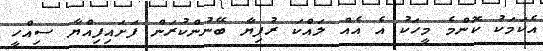
އެކަމަކު ކޮންމެ މީހަކު އެ އެއް ލައްކަ ރުފިޔާ ބޭނުންކުރަން ފަށައިފިއްޔާ ސިއްހީ